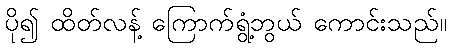
ပို၍ ထိတ်လန့် ကြောက်ရွံ့ဘွယ် ကောင်းသည်။